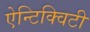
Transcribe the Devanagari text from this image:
ऐन्टिक्विटी